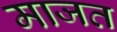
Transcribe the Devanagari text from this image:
माजत